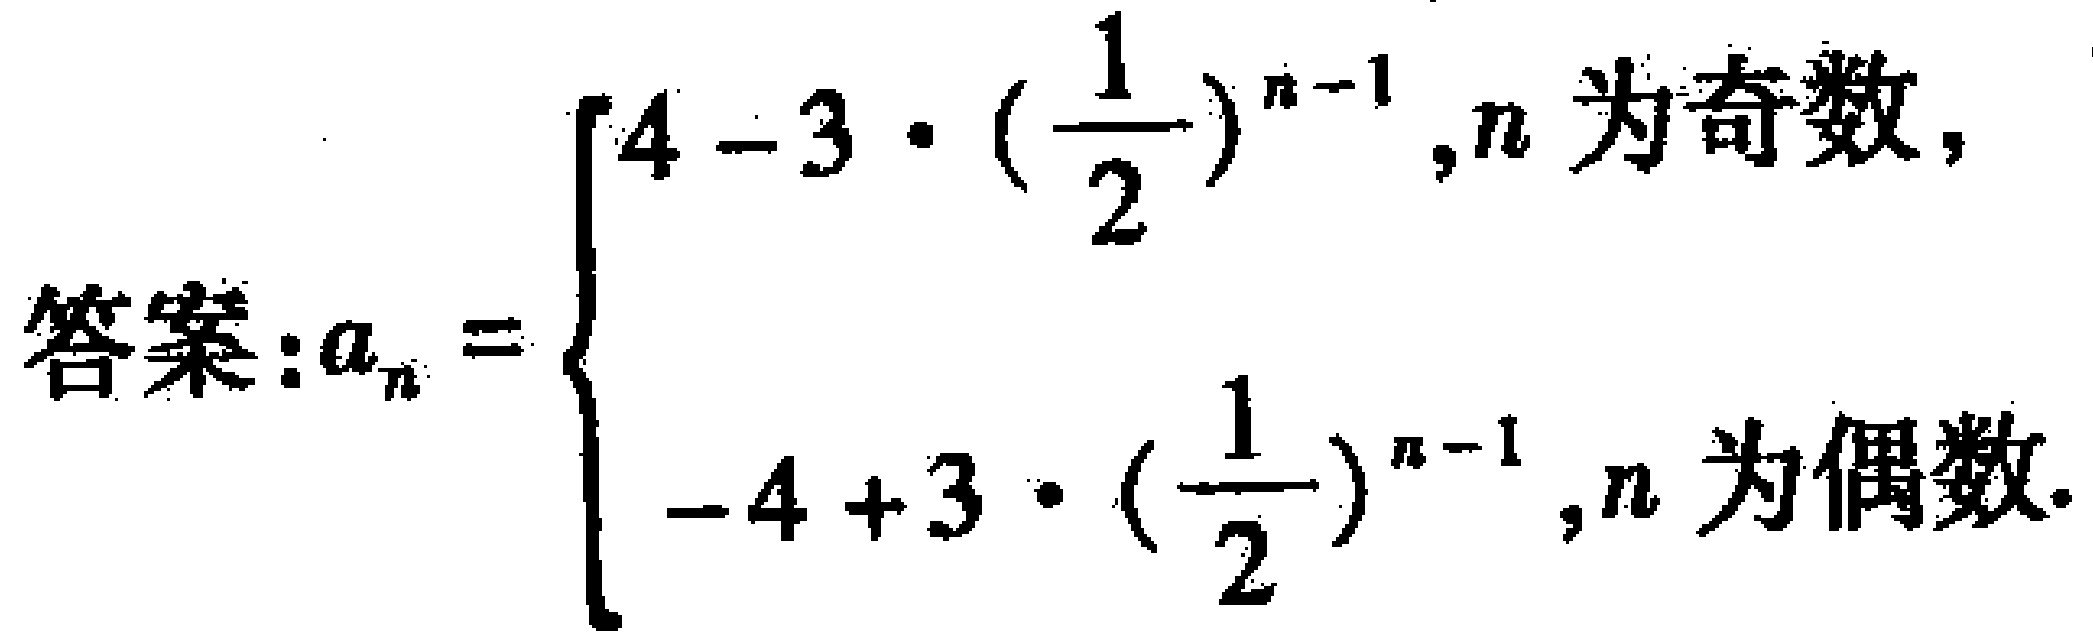
答案：\(a_{n}=\begin{cases}4 - 3\cdot(\frac{1}{2})^{n - 1},&n\text{ 为奇数},\\- 4 + 3\cdot(\frac{1}{2})^{n - 1},&n\text{ 为偶数}.\end{cases}\)